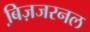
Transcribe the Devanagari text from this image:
बि़ज़जरनल